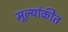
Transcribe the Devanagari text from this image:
मूल्यांकीत